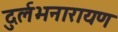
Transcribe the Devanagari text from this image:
दुर्लभनारायण